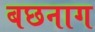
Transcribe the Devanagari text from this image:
बछनाग